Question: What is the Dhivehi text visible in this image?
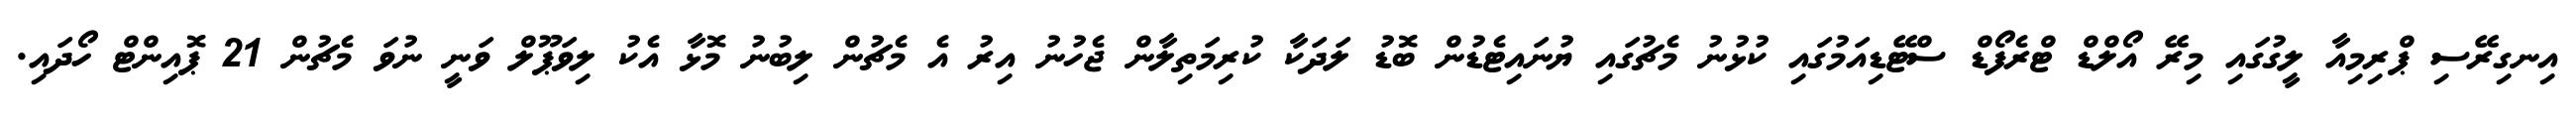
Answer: އިނގިރޭސި ޕްރިމިއާ ލީގުގައި މިރޭ އޯލްޑް ޓްރެފޯޑް ސްޓޭޑިއަމުގައި ކުޅުނު މެޗުގައި ޔުނައިޓެޑުން ބޮޑު ލަދަކާ ކުރިމަތިލާން ޖެހުނު އިރު އެ މެޗުން ލިބުނު މޮޅާ އެކު ލިވަޕޫލް ވަނީ ނުވަ މެޗުން 21 ޕޮއިންޓް ހޯދައި.